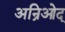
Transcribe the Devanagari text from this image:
अन्रिओद्